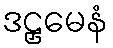
ဒဠှမေနံ